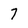
Character: 7